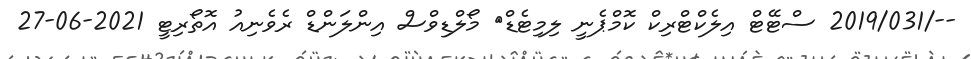
--/2019/031 ސްޓޭޓް އިލެކްޓްރިކް ކޮމްޕެނީ ލިމިޓެޑް	 މޯލްޑިވްސް އިންލަންޑް ރެވެނިއު އޮތޯރިޓީ 2021-06-27